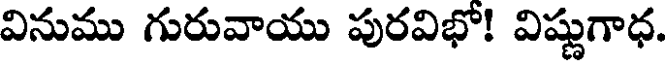
వినుము గురువాయు పురవిభో! విష్ణుగాధ.